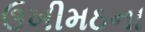
ઉખીમઠના